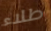
طلاء